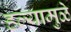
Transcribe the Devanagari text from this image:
हल्यामुळे